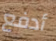
أدفع